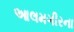
આલમગીરના